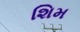
શિમ